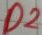
Text: D2